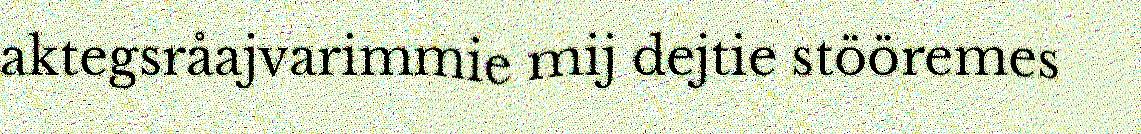
aktegsråajvarimmie mij dejtie stööremes